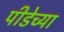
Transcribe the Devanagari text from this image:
पीडेच्या